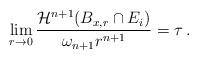
LaTeX: \begin{align*}\lim_{r\to 0} \frac{\mathcal{H}^{n+1} (B_{x,r}\cap E_i)}{\omega_{n+1} r^{n+1}} = \tau\, .\end{align*}